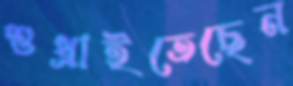
শুধ্‌রাইতেছেন